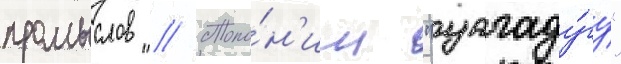
промыслов // Топо́н'им "уагаду́гу"